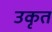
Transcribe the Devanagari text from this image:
उकृत